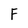
Character: F